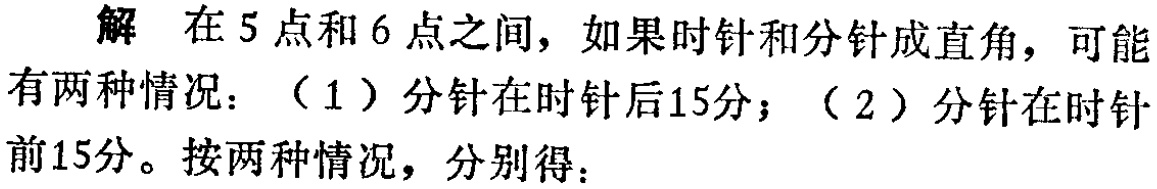
解 在5点和6点之间，如果时针和分针成直角，可能有两种情况：（1）分针在时针后15分；（2）分针在时针前15分。按两种情况，分别得：